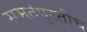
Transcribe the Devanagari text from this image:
समतेपुरतीच